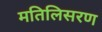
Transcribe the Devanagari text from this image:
मतिलिसरण